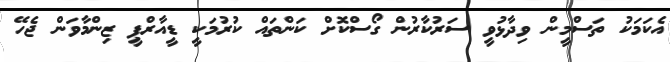
އެކަމަކު ތަސްމީން ވިދާޅުވީ ސަރުކާރުން ގޯސްކޮށް ކަންތައް ކުރުމަކީ ޑީއާރްޕީ ޒިންމާވަން ޖެހޭ